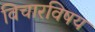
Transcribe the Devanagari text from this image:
विचारविषय